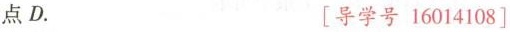
点D. [导学号 16014108]